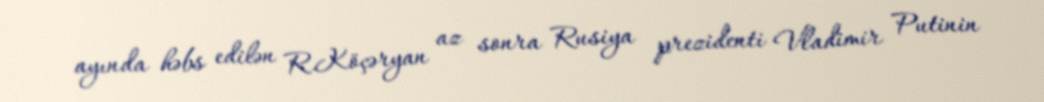
ayında həbs edilən R.Köçəryan az sonra Rusiya prezidenti Vladimir Putinin